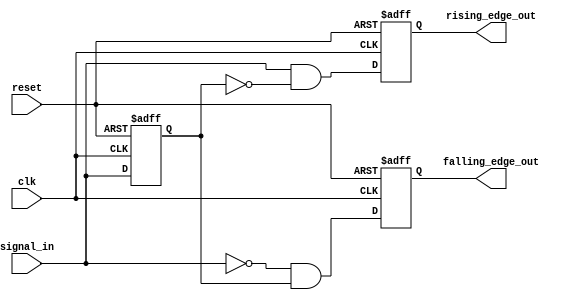
module pulse_edge_detector (
    input wire clk,              // Clock signal
    input wire reset,            // Reset signal
    input wire signal_in,        // Input signal
    output reg rising_edge_out,  // Output pulse for rising edge
    output reg falling_edge_out   // Output pulse for falling edge
);

    // Internal signal to hold the previous state of signal_in
    reg previous_state;

    // Sequential logic to store the previous state on clock edge
    always @(posedge clk or posedge reset) begin
        if (reset) begin
            previous_state <= 1'b0; // Initialize previous state to low
            rising_edge_out <= 1'b0; // Initialize output to low
            falling_edge_out <= 1'b0; // Initialize output to low
        end else begin
            // Edge detection logic
            rising_edge_out <= (signal_in && !previous_state); // Rising edge detected
            falling_edge_out <= (!signal_in && previous_state); // Falling edge detected
            
            // Update previous state
            previous_state <= signal_in;
        end
    end

endmodule